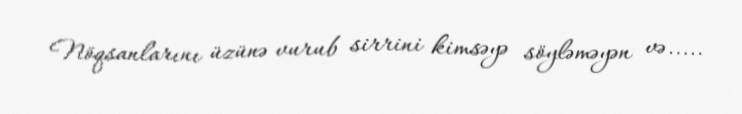
Nöqsanlarını üzünə vurub sirrini kimsəyə söyləməyən və.....